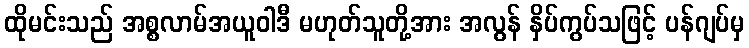
ထိုမင်းသည် အစ္စလာမ်အယူဝါဒီ မဟုတ်သူတို့အား အလွန် နှိပ်ကွပ်သဖြင့် ပန်ဂျပ်မှ